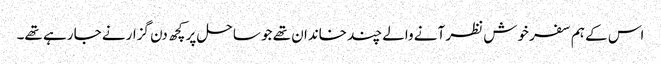
اس کے ہم سفر خوش نظر آنے والے چند خاندان تھے جو ساحل پر کچھ دن گزارنے جا رہے تھے۔